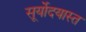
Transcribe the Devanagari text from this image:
सूर्योदयास्त